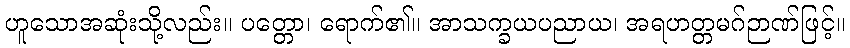
ဟူသောအဆုံးသို့လည်း။ ပတ္တော၊ ရောက်၏။ အာသက္ခယပညာယ၊ အရဟတ္တမဂ်ဉာဏ်ဖြင့်။